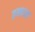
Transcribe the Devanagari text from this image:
ब्रन्नान